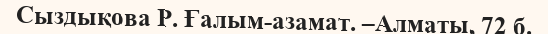
Сыздықова Р. Ғалым-азамат. –Алматы, 72 б.